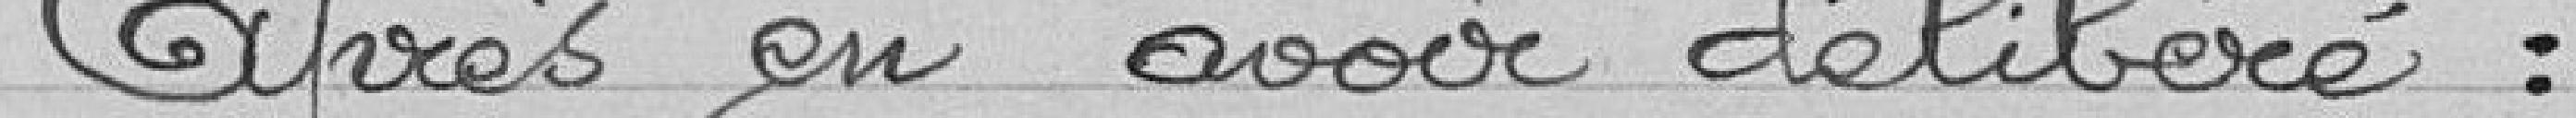
Après en avoir délibéré :